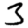
Digit: 3